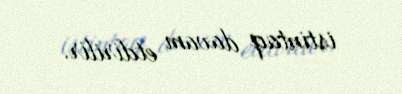
istintaq davam etdirilir.